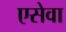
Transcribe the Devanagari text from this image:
एसेवा